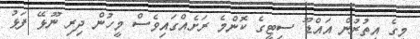
މީގެ އިތުރުން އައްޑޫ ސިޓީގެ ކޮންމެ ރަށެއްގައިވެސް މީހުން ދިރި ނޫޅޭ ފަޅު